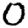
Digit: 0